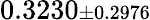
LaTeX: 0.3230{\scriptstyle\pm 0.2976}